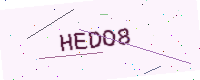
Text: HEDO8